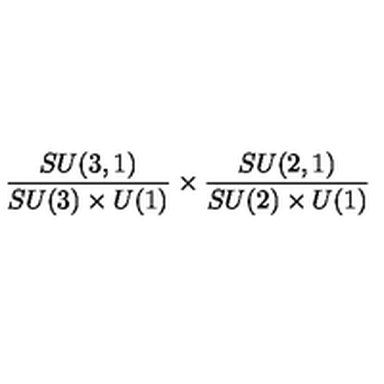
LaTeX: \frac { S U ( 3 , 1 ) } { S U ( 3 ) \times U ( 1 ) } \times \frac { S U ( 2 , 1 ) } { S U ( 2 ) \times U ( 1 ) }